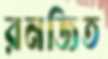
রনজিত